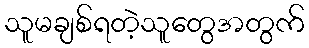
သူမချစ်ရတဲ့သူတွေအတွက်